Insane asylums in Bengal annual reports 1867-1875 - 1867-1875
Year: 1867
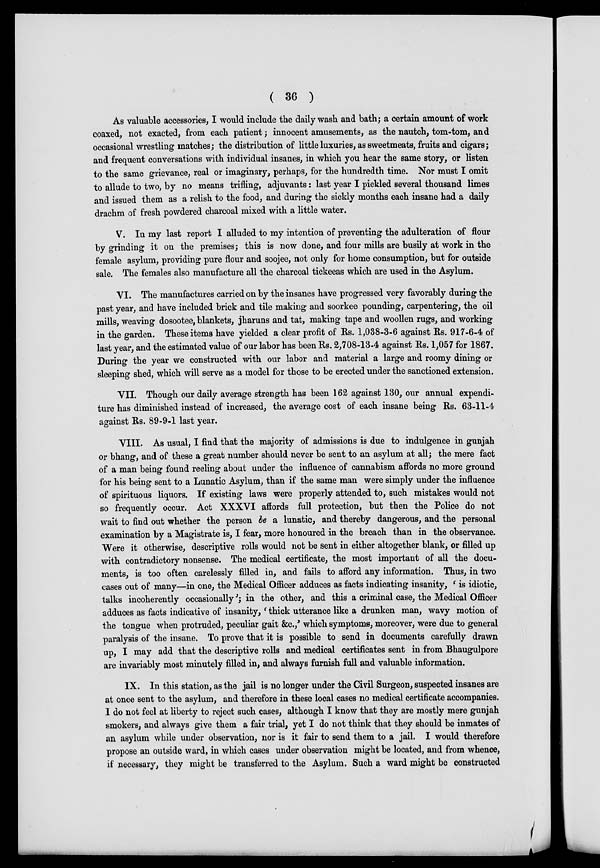
( 36 )
As valuable accessories, I would include the daily wash and bath; a certain amount of work
coaxed, not exacted, from each patient; innocent amusements, as the nautch, tom-tom, and
occasional wrestling matches; the distribution of little luxuries, as sweetmeats, fruits and cigars;
and frequent conversations with individual insanes, in which you hear the same story, or listen
to the same grievance, real or imaginary, perhaps, for the hundredth time. Nor must I omit
to allude to two, by no means trifling, adjuvants: last year I pickled several thousand limes
and issued them as a relish to the food, and during the sickly months each insane had a daily
drachm of fresh powdered charcoal mixed with a little water.
V. In my last report I alluded to my intention of preventing the adulteration of flour
by grinding it on the premises; this is now done, and four mills are busily at work in the
female asylum, providing pure flour and soojee, not only for home consumption, but for outside
sale. The females also manufacture all the charcoal tickeeas which are used in the Asylum.
VI. The manufactures carried on by the insanes have progressed very favorably during the
past year, and have included brick and tile making and soorkee pounding, carpentering, the oil
mills, weaving dosootee, blankets, jharuns and tat, making tape and woollen rugs, and working
in the garden. These items have yielded a clear profit of Rs. 1,038-3-6 against Rs. 917-6-4 of
last year, and the estimated value of our labor has been Rs. 2,708-13-4 against Rs. 1,057 for 1867.
During the year we constructed with our labor and material a large and roomy dining or
sleeping shed, which will serve as a model for those to be erected under the sanctioned extension.
VII. Though our daily average strength has been 162 against 130, our annual expendi-
ture has diminished instead of increased, the average cost of each insane being Rs. 63-11-4
against Rs. 89-9-1 last year.
VIII. As usual, I find that the majority of admissions is due to indulgence in gunjah
or bhang, and of these a great number should never be sent to an asylum at all; the mere fact
of a man being found reeling about under the influence of cannabism affords no more ground
for his being sent to a Lunatic Asylum, than if the same man were simply under the influence
of spirituous liquors. If existing laws were properly attended to, such mistakes would not
so frequently occur. Act XXXVI affords full protection, but then the Police do not
wait to find out whether the person be a lunatic, and thereby dangerous, and the personal
examination by a Magistrate is, I fear, more honoured in the breach than in the observance.
Were it otherwise, descriptive rolls would not be sent in either altogether blank, or filled up
with contradictory nonsense. The medical certificate, the most important of all the docu-
ments, is too often carelessly filled in, and fails to afford any information. Thus, in two
cases out of many—in one, the Medical Officer adduces as facts indicating insanity, ' is idiotic,
talks incoherently occasionally '; in the other, and this a criminal case, the Medical Officer
adduces as facts indicative of insanity, ' thick utterance like a drunken man, wavy motion of
the tongue when protruded, peculiar gait &c.,' which symptoms, moreover, were due to general
paralysis of the insane. To prove that it is possible to . send in documents carefully drawn
up, I may add that the descriptive rolls and medical certificates sent in from Bhaugulpore
are invariably most minutely filled in, and always furnish full and valuable information.
IX. In this station, as the jail is no longer under the Civil Surgeon, suspected insanes are
at once sent to the asylum, and therefore in these local cases no medical certificate accompanies.
I do not feel at liberty to reject such cases, although I know that they are mostly mere gunjah
smokers, and always give them a fair trial, yet I do not think that they should be inmates of
an asylum while under observation, nor is it fair to send them to a jail. I would therefore
propose an outside ward, in which cases under observation might be located, and from whence,
if necessary, they might be transferred to the Asylum. Such a ward might be constructed